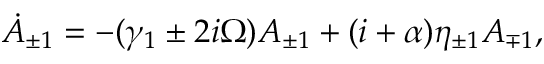
\begin{array} { r } { \dot { A } _ { \pm 1 } = - ( \gamma _ { 1 } \pm 2 i \Omega ) A _ { \pm 1 } + ( i + \alpha ) \eta _ { \pm 1 } A _ { \mp 1 } , } \end{array}